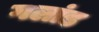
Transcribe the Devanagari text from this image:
गलांड